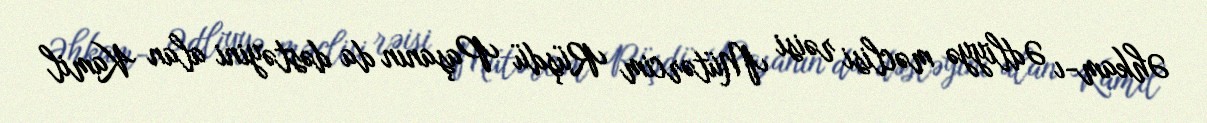
Əhkam-ı Ədliyyə məclisi rəisi Mütərcim Rüşdü Paşanın da dəstəyini alan Kamil